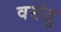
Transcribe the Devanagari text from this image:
वसंतु